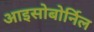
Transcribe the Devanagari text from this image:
आइसोबोर्निल